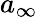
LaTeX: a_{\infty}